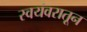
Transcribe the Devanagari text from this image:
स्वयंवरातून